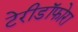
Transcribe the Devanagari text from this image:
टेरीडॉफोरा